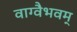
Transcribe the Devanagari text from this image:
वाग्वैभवम्